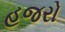
હજરો